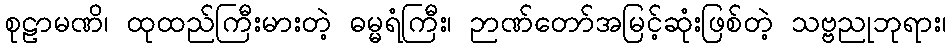
စုဠာမဏိ၊ ထုထည်ကြီးမားတဲ့ ဓမ္မရံကြီး၊ ဉာဏ်တော်အမြင့်ဆုံးဖြစ်တဲ့ သဗ္ဗညုဘုရား၊